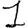
Digit: 1